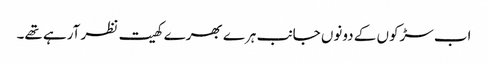
اب سڑکوں کے دونوں جانب ہرے بھرے کھیت نظر آرہے تھے۔